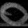
Digit: ၀